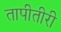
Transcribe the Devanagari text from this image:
तापीतीरी